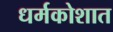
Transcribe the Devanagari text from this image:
धर्मकोशात